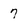
Character: 7